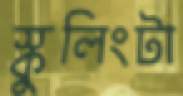
স্কুলিংটা